Lunatic asylums in Bengal annual reports 1888-1898 - 1888-1898
Year: 1888
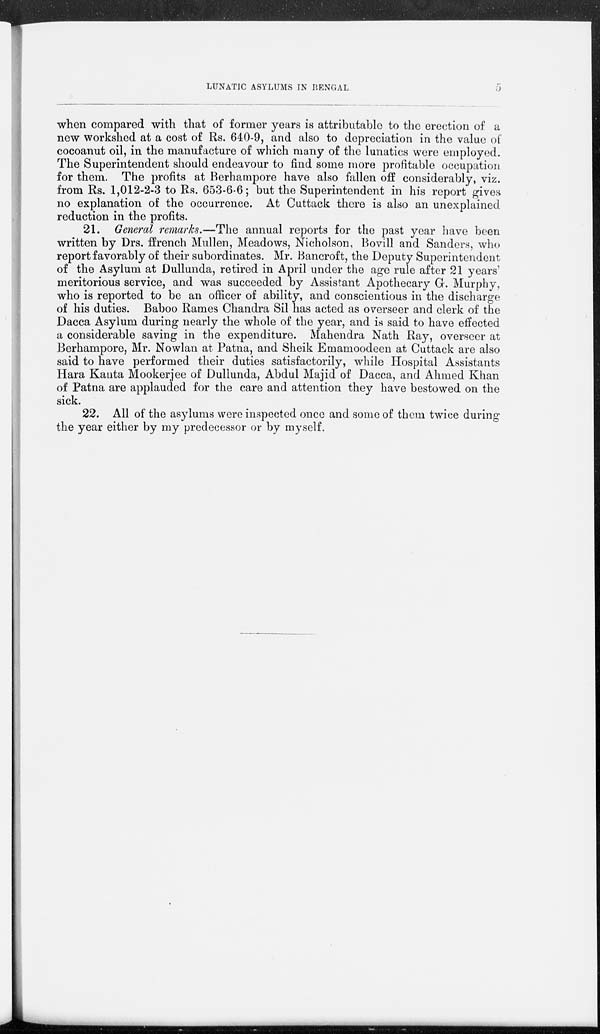
LUNATIC ASYLUMS IN BENGAL
5
when compared with that of former years is attributable to the erection of a
new workshed at a cost of Rs. 640-9, and also to depreciation in the value of
cocoanut oil, in the manufacture of which many of the lunatics were employed.
The Superintendent should endeavour to find some more profitable occupation
for them. The profits at Berhampore have also fallen off considerably, viz.
from Rs. 1,012-2-3 to Rs. 653-6-6; but the Superintendent in his report gives
no explanation of the occurrence. At Cuttack there is also an unexplained
reduction in the profits.
21. General remarks.—The annual reports for the past year have been
written by Drs. ffrench Mullen, Meadows, Nicholson, Bovill and Sanders, who
report favorably of their subordinates. Mr. Bancroft, the Deputy Superintendent
of the Asylum at Dullunda, retired in April under the age rule after 21 years'
meritorious service, and was succeeded by Assistant Apothecary G. Murphy,
who is reported to be an officer of ability, and conscientious in the discharge
of his duties. Baboo Rames Chandra Sil has acted as overseer and clerk of the
Dacca Asylum during nearly the whole of the year, and is said to have effected
a considerable saving in the expenditure. Mahendra Nath Ray, overseer at
Berhampore, Mr. Nowlan at Patna, and Sheik Emamoodeen at Cuttack are also
said to have performed their duties satisfactorily, while Hospital Assistants
Hara Kanta Mookerjee of Dullunda, Abdul Majid of Dacca, and Ahmed Khan
of Patna are applauded for the care and attention they have bestowed on the
sick.
22. All of the asylums were inspected once and some of them twice during
the year either by my predecessor or by myself.